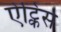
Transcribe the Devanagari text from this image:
ऐट्किंस